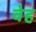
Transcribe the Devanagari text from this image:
वेह